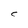
Character: C